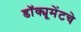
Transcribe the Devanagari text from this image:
डॉक्यूमेंटचे